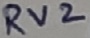
Text: RV2